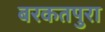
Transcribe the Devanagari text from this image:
बरकतपुरा